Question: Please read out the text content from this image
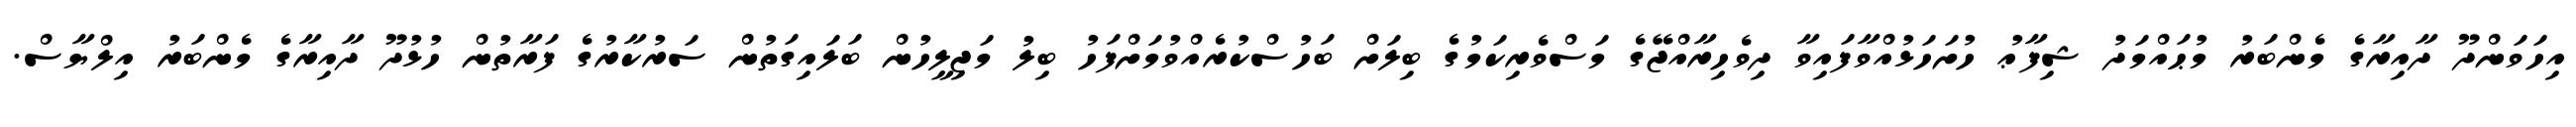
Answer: އިހަވަންދޫ ދާއިރާގެ މެންބަރު މުޙައްމަދު ޝިފާޢު ހުށަހަޅުއްވާފައިވާ ދިވެހިރާއްޖޭގެ މަސްވެރިކަމުގެ ބިލަށް ބަހުސްކުރެއްވުމަށްފަހު ބިލު މަޖިލީހުން ބަލައިގަތުން ސަރުކާރުގެ ފަރާތުން ހުޅުދޫ ދާއިރާގެ މެންބަރު އިލްޔާސް.